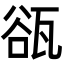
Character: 𤭏